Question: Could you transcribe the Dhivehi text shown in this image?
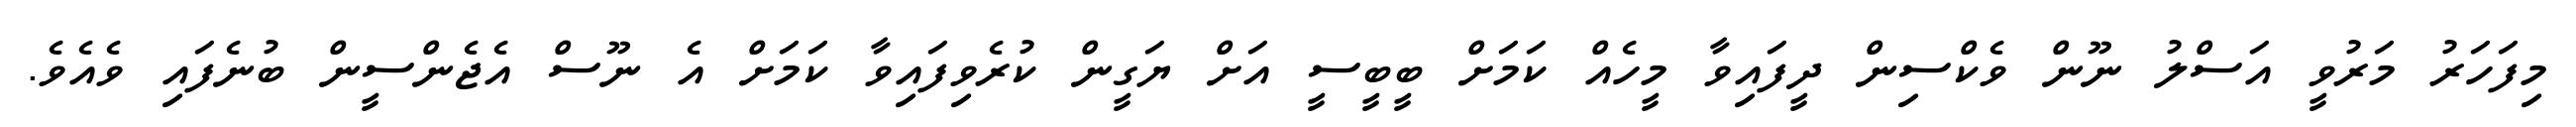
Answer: މިފަހަރު މަރުވީ އަސްލު ނޫން ވެކްސިން ދީފައިވާ މީހެއް ކަމަށް ބީބީސީ އަށް ޔަގީން ކުރެވިފައިވާ ކަމަށް އެ ނޫސް އެޖެންސީން ބުނެފައި ވެއެވެ.